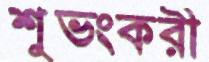
শুভংকরী